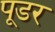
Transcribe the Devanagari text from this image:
पूडर